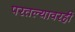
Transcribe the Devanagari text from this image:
परतल्यावरही